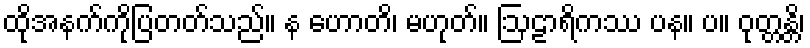
ထိုအနက်ကိုပြတတ်သည်။ န ဟောတိ၊ မဟုတ်။ ဩဠာရိကဿ ပန။ ပ။ ဝုတ္တန္တိ၊